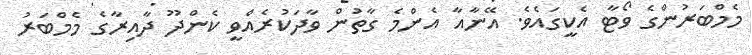
މެމްބަރުންގެ ވޯޓާ އެކީގައެވެ. އޭނާއާ އެންމެ ގާތުން ވާދަކުރެއްވީ ކެންދޫ ދާއިރާގެ މެމްބަރު